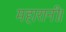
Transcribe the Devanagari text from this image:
महारानी।